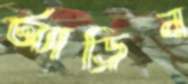
অ্যাড্রিন